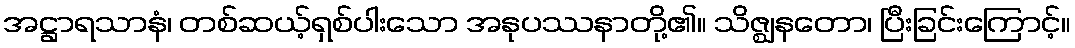
အဋ္ဌာရသာနံ၊ တစ်ဆယ့်ရှစ်ပါးသော အနုပဿနာတို့၏။ သိဇ္ဈနတော၊ ပြီးခြင်းကြောင့်။